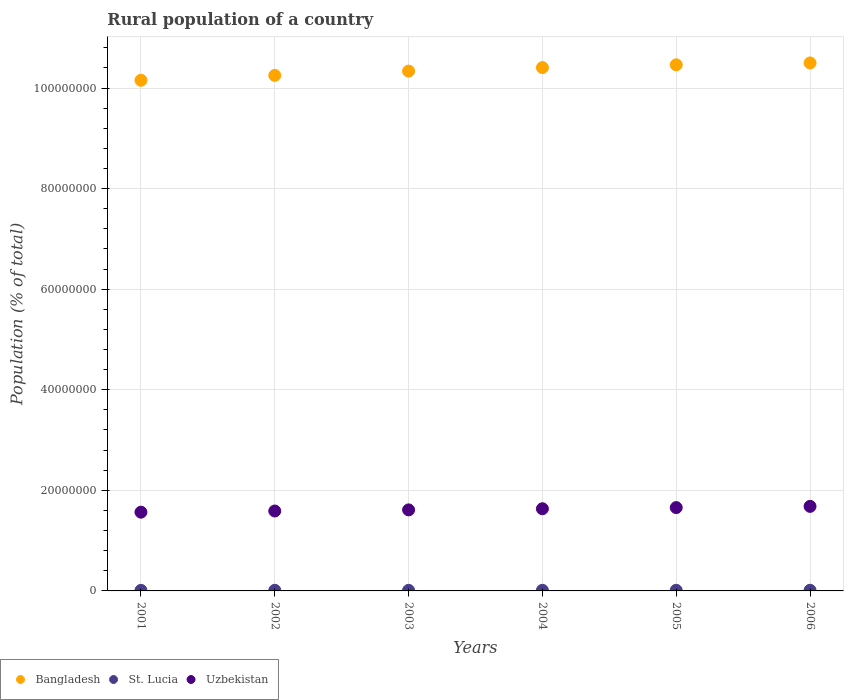
| Years | Bangladesh | St. Lucia | Uzbekistan |
 | --- | --- | --- | --- |
 | 2001 | 1.02e+08 | 1.15e+05 | 1.57e+07 |
 | 2002 | 1.03e+08 | 1.18e+05 | 1.59e+07 |
 | 2003 | 1.03e+08 | 1.21e+05 | 1.61e+07 |
 | 2004 | 1.04e+08 | 1.24e+05 | 1.63e+07 |
 | 2005 | 1.05e+08 | 1.27e+05 | 1.66e+07 |
 | 2006 | 1.05e+08 | 1.31e+05 | 1.68e+07 |